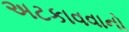
અટકાવવાનો